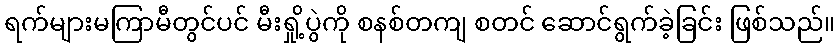
ရက်များမကြာမီတွင်ပင် မီးရှို့ပွဲကို စနစ်တကျ စတင် ဆောင်ရွက်ခဲ့ခြင်း ဖြစ်သည်။